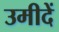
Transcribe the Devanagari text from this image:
उमीदें